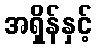
အရှိန်နှင့်